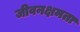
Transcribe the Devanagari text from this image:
जीवनक्षमता